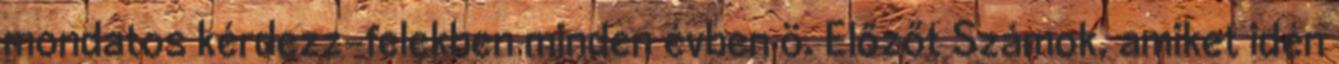
mondatos kérdezz-felekben minden évben ö. Előzőt Számok, amiket idén